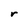
Character: r